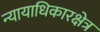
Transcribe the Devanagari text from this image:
न्यायाधिकारक्षेत्र